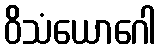
ဝိသံယောဂေါ